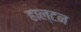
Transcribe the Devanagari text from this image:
हाल्टन